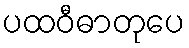
ပထဝီဓာတုပေ